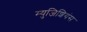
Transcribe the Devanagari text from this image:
म्युजिशियंस